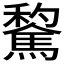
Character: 𲋾